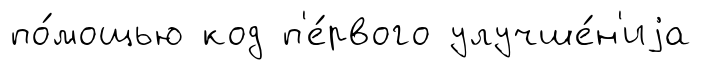
по́мощью код п'е́рвого улучше́н'иjа